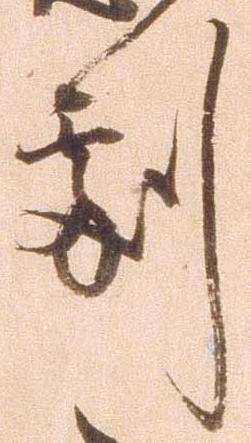
劇